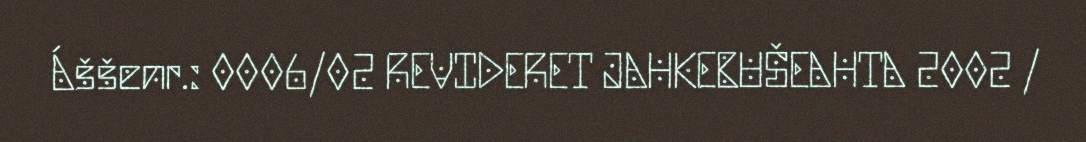
Áššenr.: 0006/02 REVIDERET JAHKEBUŠEAHTA 2002 /